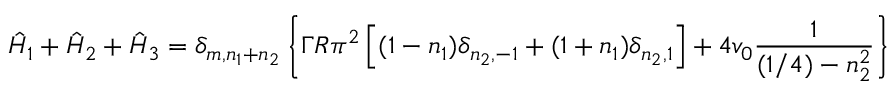
\hat { H } _ { 1 } + \hat { H } _ { 2 } + \hat { H } _ { 3 } = \delta _ { m , n _ { 1 } + n _ { 2 } } \left\{ \Gamma R \pi ^ { 2 } \left[ ( 1 - n _ { 1 } ) \delta _ { n _ { 2 } , - 1 } + ( 1 + n _ { 1 } ) \delta _ { n _ { 2 } , 1 } \right] + 4 v _ { 0 } { \frac { 1 } { ( 1 / 4 ) - n _ { 2 } ^ { 2 } } } \right\}